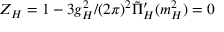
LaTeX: Z _ { H } = 1 - 3 g _ { H } ^ { 2 } / ( 2 \pi ) ^ { 2 } \tilde { \Pi } _ { H } ^ { \prime } ( m _ { H } ^ { 2 } ) = 0